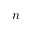
n